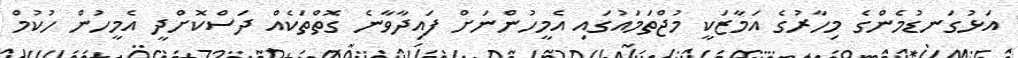
އަޅުގަނޑުމެންގެ މިހާރުގެ އަމާޒަކީ މުޖްތަމައުގައި އެމީހުންނަށް ފައިދާވާނެ ގޮތްތަކެއް ދަސްކޮށްދީ އެމީހުން ހުކުމް